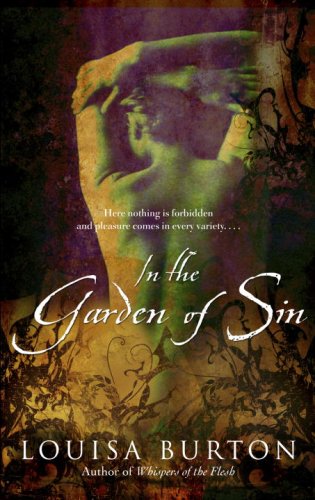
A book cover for In the Garden of Sin (The Hidden Grotto Series); Louisa Burton; Romance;